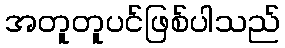
အတူတူပင်ဖြစ်ပါသည်